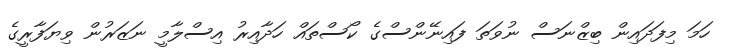
ހަމަ މިފަދައިން ބިޒްނަސް ނުވަތަ ފައިނޭންސްގެ ކޯސްތައް ހަދާއިރު އިސްލާމީ ނަޒަރުން ވިޔަފާރީގެ